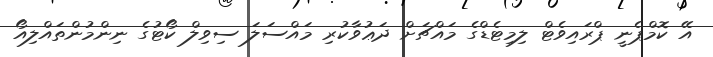
އޭ ކޮމްޕެނީ ޕްރައިވެޓް ލިމިޓެޑްގެ މައްޗަށް ދަޢުވާކުރި މައްސަލަ ސިވިލް ކޯޓުގެ ނިންމުންތައްލިއޯ